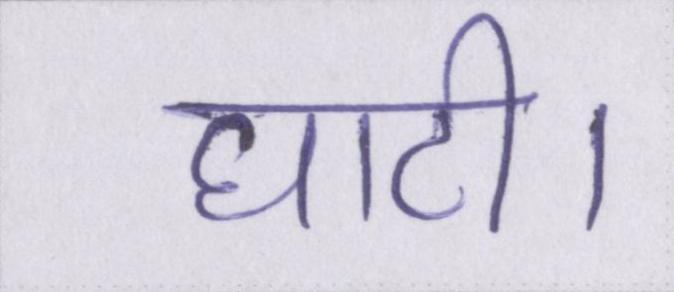
घाटी।